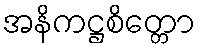
အနိကဋ္ဌစိတ္တော